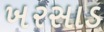
ખરસાડ